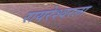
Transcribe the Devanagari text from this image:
रायरेश्वरला